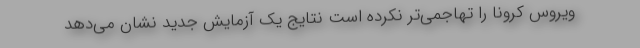
ویروس کرونا را تهاجمی‌تر نکرده است نتایج یک آزمایش جدید نشان می‌دهد